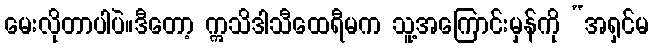
မေးလိုတာပါပဲ။ဒီတော့ ဣသိဒါသီထေရီမက သူ့အကြောင်းမှန်ကို “အရှင်မ